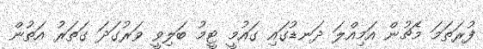
ފުރަތަމަ މެޗުން އަމިއްލަ ދަނޑުގައި ގައުމީ ޓީމު ބަލިވީ ވަރުގަދަ ގަތަރު އަތުން